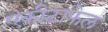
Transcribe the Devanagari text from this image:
एकीटाफेल